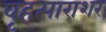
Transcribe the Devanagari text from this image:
वृहत्पाराशर